Senior Leaving Certificate Examination (including Day School Certificate (Higher) General paper), 1950
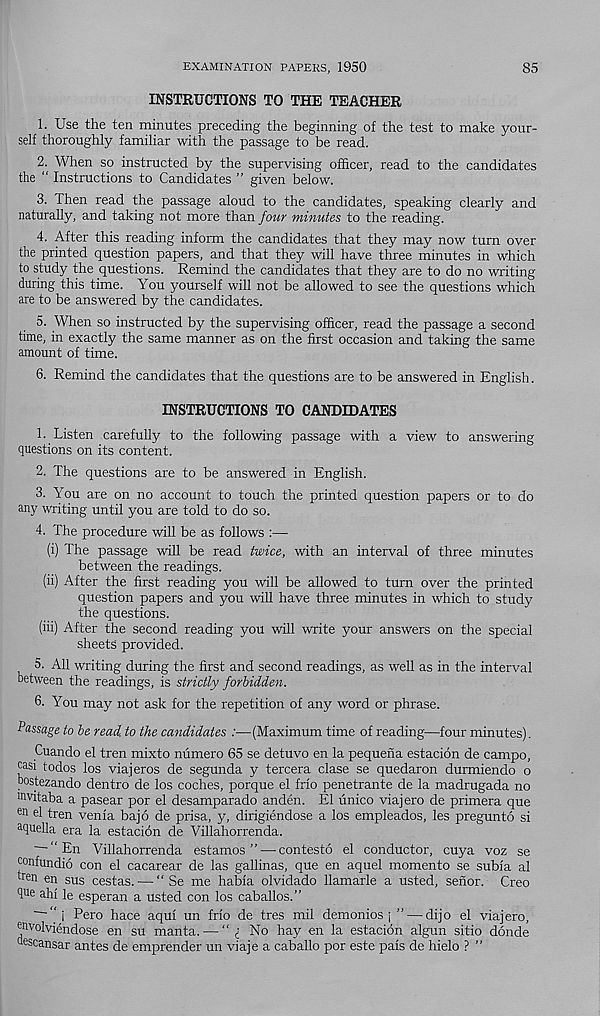
EXAMINATION PAPERS, 1950
85
INSTRUCTIONS TO THE TEACHER
1. Use the ten minutes preceding the beginning of the test to make your-
self thoroughly familiar with the passage to be read.
2. When so instructed by the supervising officer, read to the candidates
the “ Instructions to Candidates ” given below.
3. Then read the passage aloud to the candidates, speaking clearly and
naturally, and taking not more than four minutes to the reading.
4. After this reading inform the candidates that they may now turn over
the printed question papers, and that they will have three minutes in which
to study the questions. Remind the candidates that they are to do no writing
during this time. You yourself will not be allowed to see the questions which
are to be answered by the candidates.
5. When so instructed by the supervising officer, read the passage a second
time, in exactly the same manner as on the first occasion and taking the same
amount of time.
6. Remind the candidates that the questions are to be answered in English.
INSTRUCTIONS TO CANDIDATES
1. Listen carefully to the following passage with a view to answering
questions on its content.
2. The questions are to be answered in English.
3. You are on no account to touch the printed question papers or to do
any writing until you are told to do so.
4. The procedure will be as follows :—
(i) The passage will be read twice, with an interval of three minutes
between the readings.
(ii) After the first reading you will be allowed to turn over the printed
question papers and you will have three minutes in which to study
the questions.
(iii) After the second reading you will write your answers on the special
sheets provided.
5. All writing during the first and second readings, as well as in the interval
between the readings, is strictly forbidden.
6. You may not ask for the repetition of any word or phrase.
Passage to be read, to the candidates :—(Maximum time of reading—four minutes).
Cuando el tren mixto niimero 65 se detuvo en la pequena estacion de campo,
casi todos los viajeros de segunda y tercera clase se quedaron durmiendo o
bostezando dentro de los coches, porque el frio penetrante de la madrugada no
mvitaba a pasear por el desamparado anden. El unico viajero de primera que
en e l tren venia bajo de prisa, y, dirigiendose a los empleados, les pregun to si
a quella era la estacion de Villahorrenda.
En Villahorrenda estamos ” — contesto el conductor, cuya voz se
confundio con el cacarear de las gallinas, que en aquel moment© se subia al
tren en sus cestas. — “ Se me habia olvidado llamarle a usted, senor. Creo
lue ahi le esperan a usted con los caballos.”
~~“i Pero hace aqui un frio de tres mil demonios j ” — dijo el viajero,
envolviendose en su manta. — “ i No hay en la estacion algun sitio donde
bescansar antes de emprender un viaje a caballo por este pais de hielo ? ”